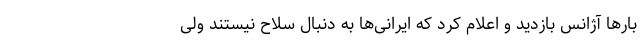
بارها آژانس بازدید و اعلام کرد که ایرانی‌ها به دنبال سلاح نیستند ولی